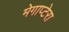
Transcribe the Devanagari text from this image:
मेगाप्टेरा